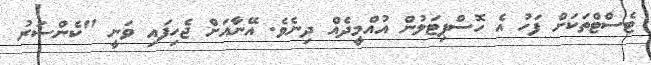
ޓެސްޓްތަކަށް ފަހު އެ ހޮސްޕިޓަލުން އުއްމީދެއް ދިނެވެ. އޭނާއަށް ޖެހިފައި ވަނީ "ކެންސަރު